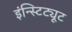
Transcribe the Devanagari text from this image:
इंन्स्टिट्यूट